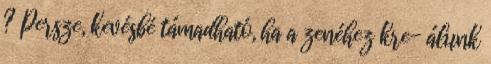
? Persze, kevésbé támadható, ha a zenéhez kre- álunk